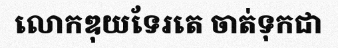
លោកឌុយទែរតេ ចាត់ទុកជា